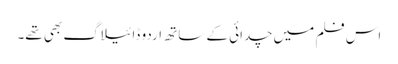
اس فلم میں چدائی کے ساتھ اردو ڈائیلاگ بھی تھے۔